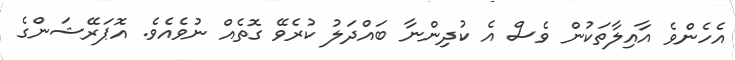
އެހެންވެ އާއިލާތަކުން ވެސް އެ ކުދިންނާ ބައްދަލު ކުރެވޭ ގޮތެއް ނުވެއެވެ. އޮޕަރޭޝަންގެ